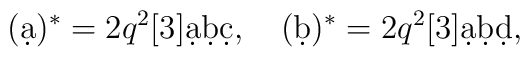
(\d a)^*=2q^2[3]\d a\d b\d c,\quad (\d b)^*=2q^2[3]\d a\d b\d d,\quad